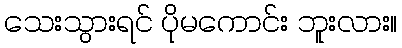
သေးသွားရင် ပိုမကောင်း ဘူးလား။